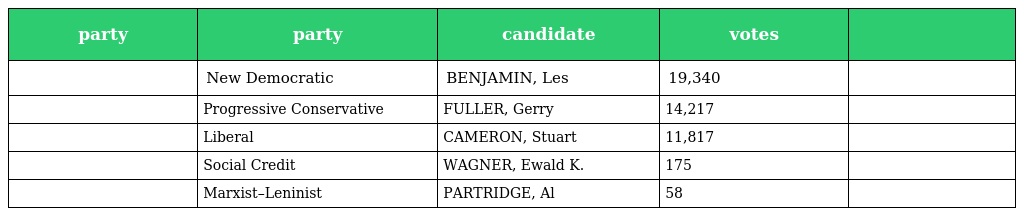
| party | party | candidate | votes |  |
 | --- | --- | --- | --- | --- |
 |  | New Democratic | BENJAMIN, Les | 19,340 |  |
 |  | Progressive Conservative | FULLER, Gerry | 14,217 |  |
 |  | Liberal | CAMERON, Stuart | 11,817 |  |
 |  | Social Credit | WAGNER, Ewald K. | 175 |  |
 |  | Marxist–Leninist | PARTRIDGE, Al | 58 |  |